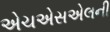
એચએસએલની